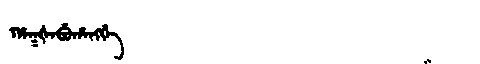
Manchu: ᡥᠠᡴᡧᠠᠪᡠᡥᠠᠩᡤᡝ
Romanization: HAKŠABUHANGGE